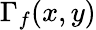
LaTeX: \Gamma_{f}(x,y)